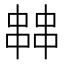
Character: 𠁷